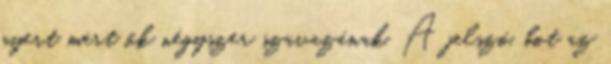
nyert mert ők négyszer szavazának. A jelszó, bot az